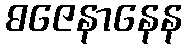
ဓဇေနာနေန